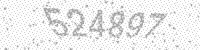
Solution: 524897